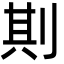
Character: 剘